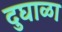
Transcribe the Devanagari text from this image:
दुघाळा